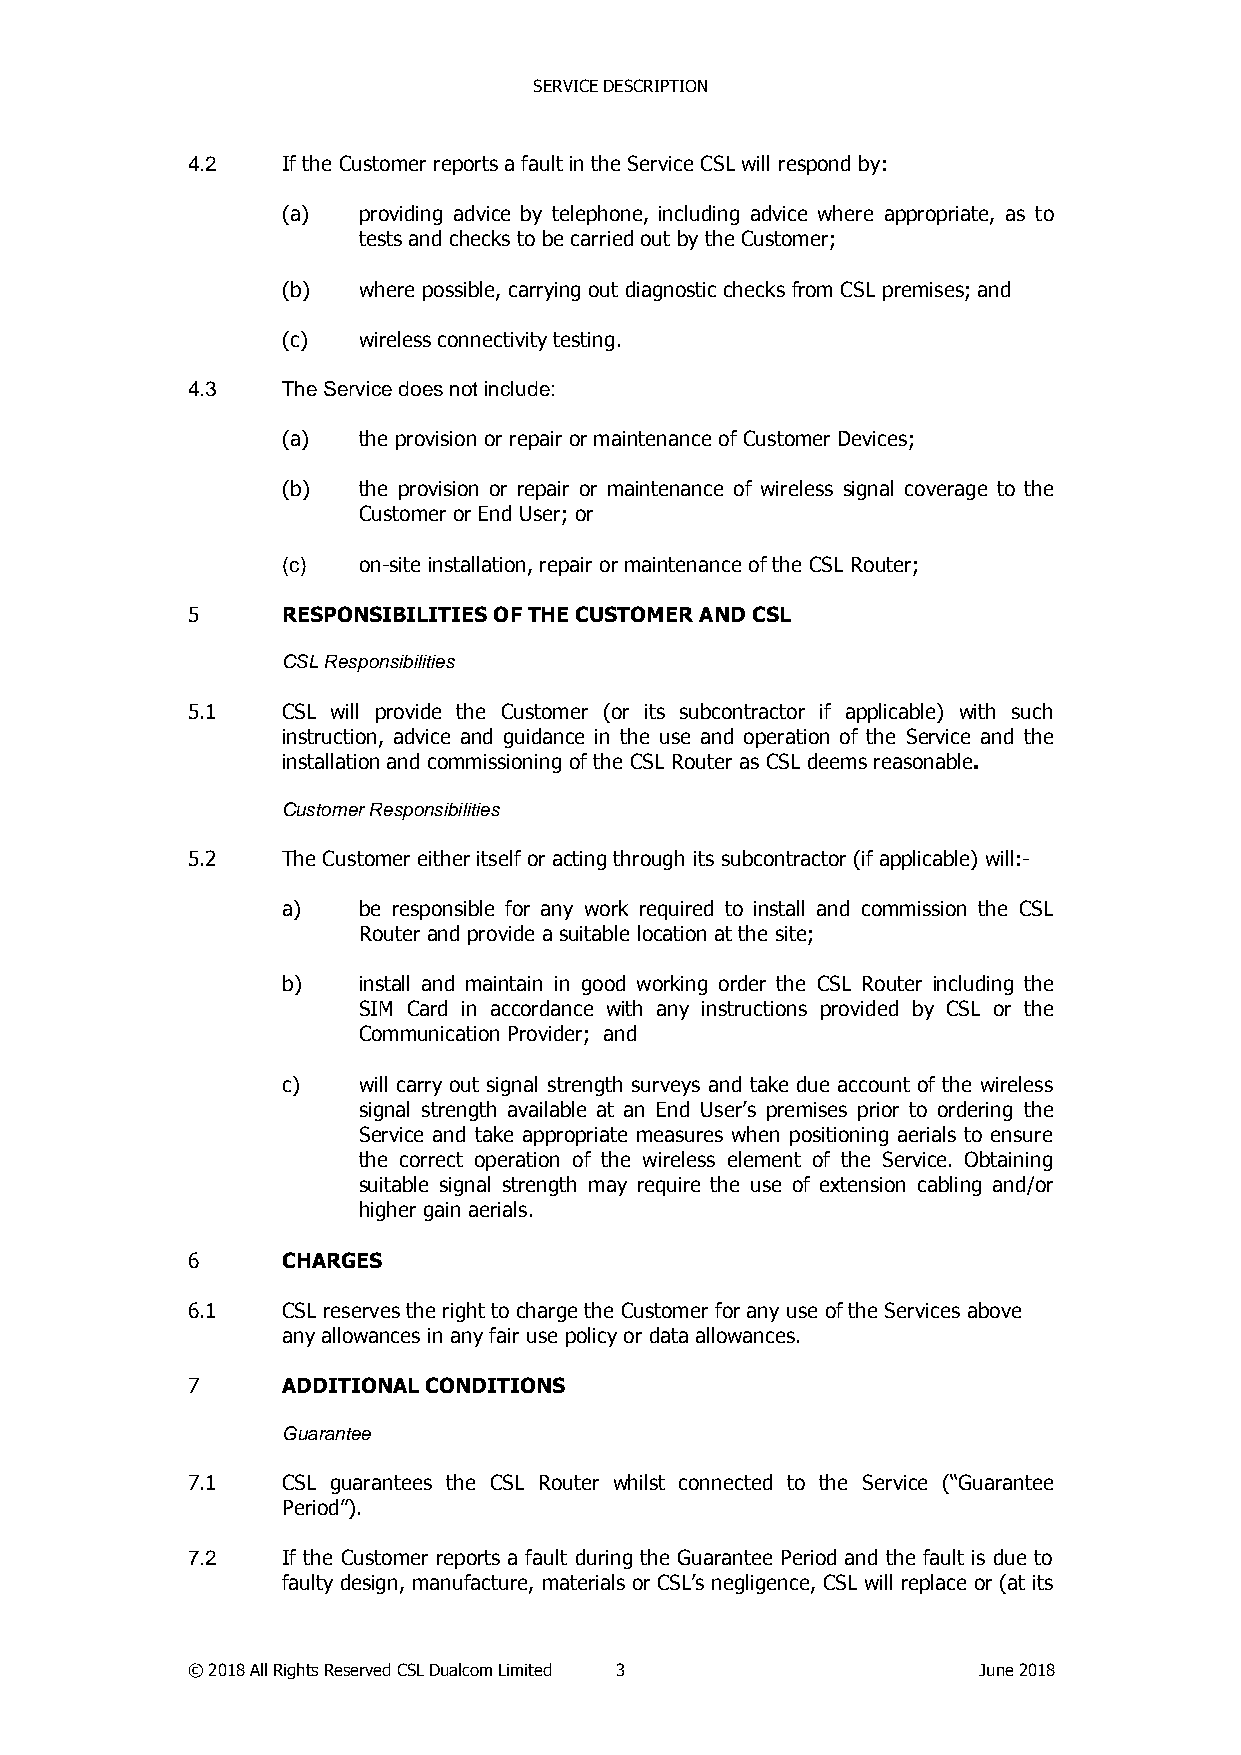
SERVICE DESCRIPTION
 4.2    If the Customer reports a fault in the Service CSL will respond by:
 (a)  providing advice by telephone, including advice where appropriate, as to
 tests and checks to be carried out by the Customer;
 (b)  where possible, carrying out diagnostic checks from CSL premises; and
 (c)  wireless connectivity testing.
 4.3    The Service does not include:
 (a)  the provision or repair or maintenance of Customer Devices;
 (b)  the provision or repair or maintenance of wireless signal coverage to the
 Customer or End User; or
 (c)  on-site installation, repair or maintenance of the CSL Router;
 5      RESPONSIBILITIES OF THE CUSTOMER AND CSL
 CSL Responsibilities
 5.1    CSL will provide the Customer (or its subcontractor if applicable) with such
 instruction, advice and guidance in the use and operation of the Service and the
 installation and commissioning of the CSL Router as CSL deems reasonable.
 Customer Responsibilities
 5.2    The Customer either itself or acting through its subcontractor (if applicable) will:-
 a)   be responsible for any work required to install and commission the CSL
 Router and provide a suitable location at the site;
 b)   install and maintain in good working order the CSL Router including the
 SIM Card in accordance with any instructions provided by CSL or the
 Communication Provider; and
 c)   will carry out signal strength surveys and take due account of the wireless
 signal strength available at an End User’s premises prior to ordering the
 Service and take appropriate measures when positioning aerials to ensure
 the correct operation of the wireless element of the Service. Obtaining
 suitable signal strength may require the use of extension cabling and/or
 higher gain aerials.
 6      CHARGES
 6.1    CSL reserves the right to charge the Customer for any use of the Services above
 any allowances in any fair use policy or data allowances.
 7      ADDITIONAL CONDITIONS
 Guarantee
 7.1    CSL guarantees the CSL Router whilst connected to the Service (“Guarantee
 Period”).
 7.2    If the Customer reports a fault during the Guarantee Period and the fault is due to
 faulty design, manufacture, materials or CSL’s negligence, CSL will replace or (at its
 © 2018 All Rights Reserved CSL Dualcom Limited 3     June 2018